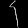
Digit: ၄